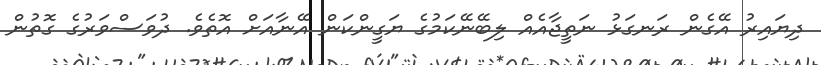
ދިޔައިރު އޭގެން ރަނގަޅު ނަތީޖާއެއް ލިބޭނޭކަމުގެ ޔަގީންކަން އޭނާއަށް އޮތެވެ. ދުވަސްވަރުގެ ގޮތުން